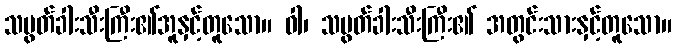
သပွတ်ခါးသီးကြီး၏အူနှင့်တူသော။ ဝါ၊ သပွတ်ခါးသီးကြီး၏ အတွင်းသားနှင့်တူသော။